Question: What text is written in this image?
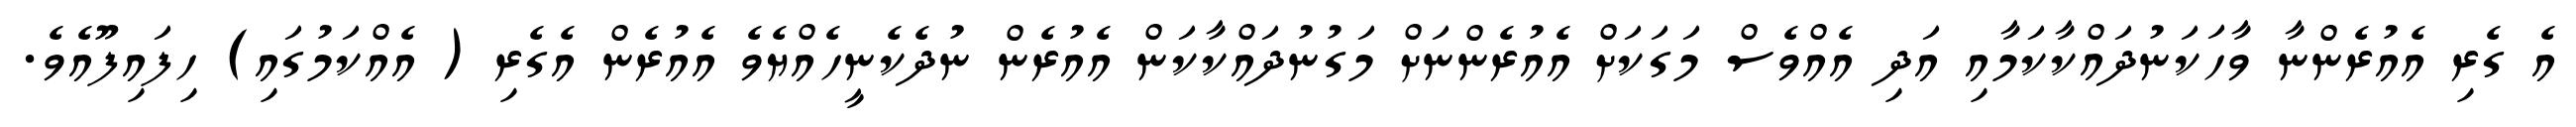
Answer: އެ ގެރި އެއުރެންނާ ވާހަކަނުދައްކާކަމާއި އަދި އެއްވެސް މަގަކަށް އެއުރެންނަށް މަގުނުދައްކާކަން އެއުރެން ނުދެކެނީހެއްޔެވެ އެއުރެން އެގެރި ( އެއްކަމުގައި) ހިފައިފޫއެވެ.